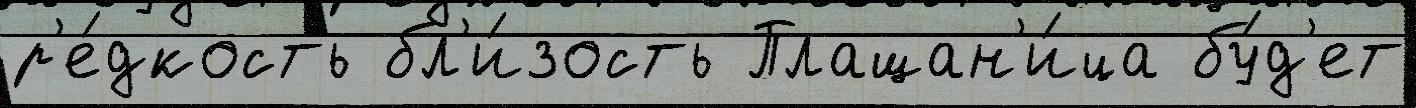
р'е́дкость бл'и́зость Плащан'и́ца бу́д'ет